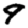
Digit: 9